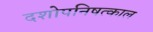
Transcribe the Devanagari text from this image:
दशोपनिषत्काल